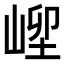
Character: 𡹥